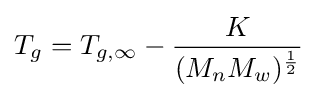
T_{g}=T_{g,\infty }-{\frac {K}{(M_{n}M_{w})^{\frac {1}{2}}}}